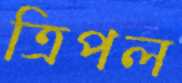
ত্রিপল